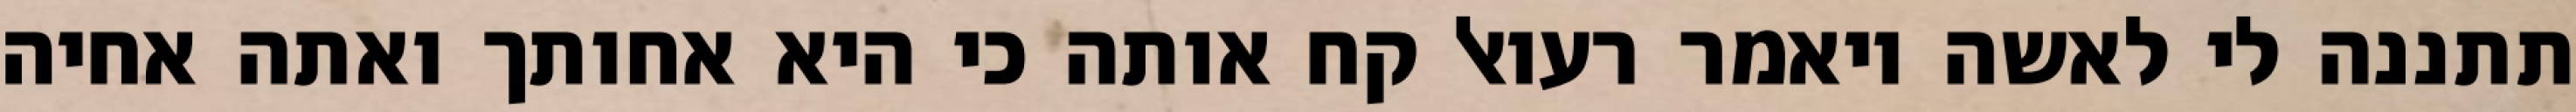
תתננה לי לאשה ויאמר רעואל קח אותה כי היא אחותך ואתה אחיה